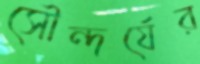
সৌন্দর্যের